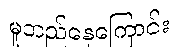
မူတည်နေကြောင်း